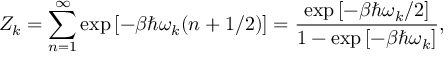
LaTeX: Z _ { k } = \sum _ { n = 1 } ^ { \infty } \exp \left[ - \beta \hbar \omega _ { k } ( n + 1 / 2 ) \right] = \frac { \exp \left[ - \beta \hbar \omega _ { k } / 2 \right] } { 1 - \exp \left[ - \beta \hbar \omega _ { k } \right] } ,